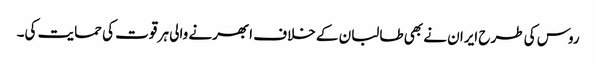
روس کی طرح ایران نے بھی طالبان کے خلاف ابھرنے والی ہر قوت کی حمایت کی۔